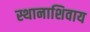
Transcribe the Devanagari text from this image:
स्थानाशिवाय